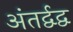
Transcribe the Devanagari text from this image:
अंतर्द्वद्व